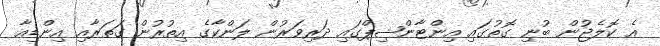
އެ ކޮލެޖުން ބުނި ގޮތުގައި އިންޓާންޝިޕްގައި ދަރިވަރުން ލަންކާގެ އިތުރުން ގަތަރާއި އިންޑިއާ